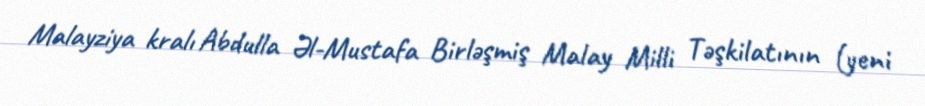
Malayziya kralı Abdulla Əl-Mustafa Birləşmiş Malay Milli Təşkilatının (yeni